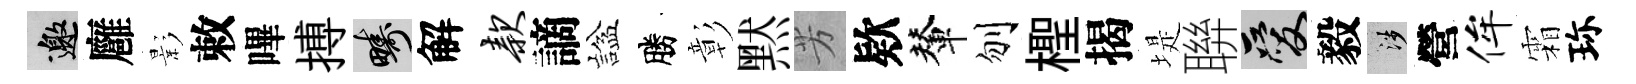
邀廱影敕嗶搏疇解款謫諡勝彰黙芳欵輦刎檉揭堤聨爱毅涉營侔霜珎